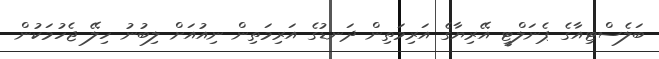
ބަލެސްޓިއާގެ ޕެނަލްޓީ އޭރިޔާގެ އަރިމަތިން ދަނޑުގެ އަރިމަތިން ނިއުއަށް ލިބުނު ހިލޭ ޖެހުމަކުން